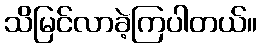
သိမြင်လာခဲ့ကြပါတယ်။